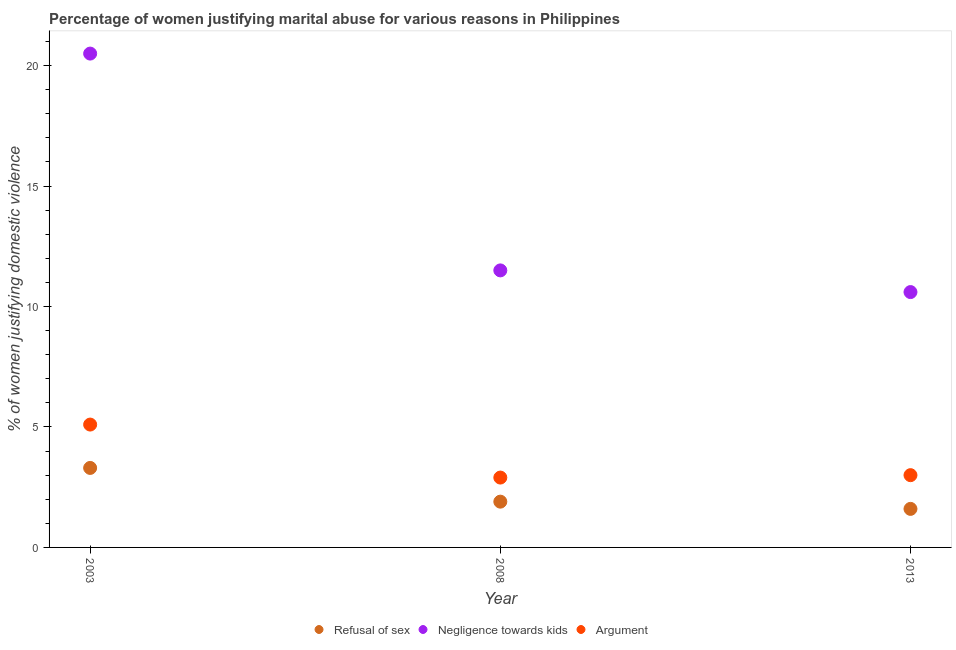
| Year | Refusal of sex | Negligence towards kids | Argument |
 | --- | --- | --- | --- |
 | 2003 | 3.3 | 20.5 | 5.1 |
 | 2008 | 1.9 | 11.5 | 2.9 |
 | 2013 | 1.6 | 10.6 | 3 |